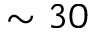
\sim 3 0